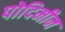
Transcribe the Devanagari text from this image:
पोदिमीन